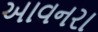
આવનરા